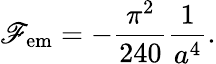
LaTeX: \mathscr{F}_{\mathrm{{em}}}=-{\frac{{\pi^{2}}}{{240}}}{\frac{{1}}{{a^{4}}}}.